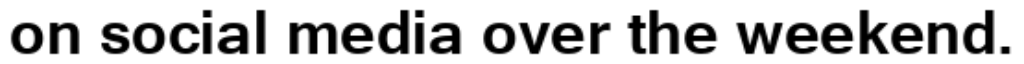
on social media over the weekend.